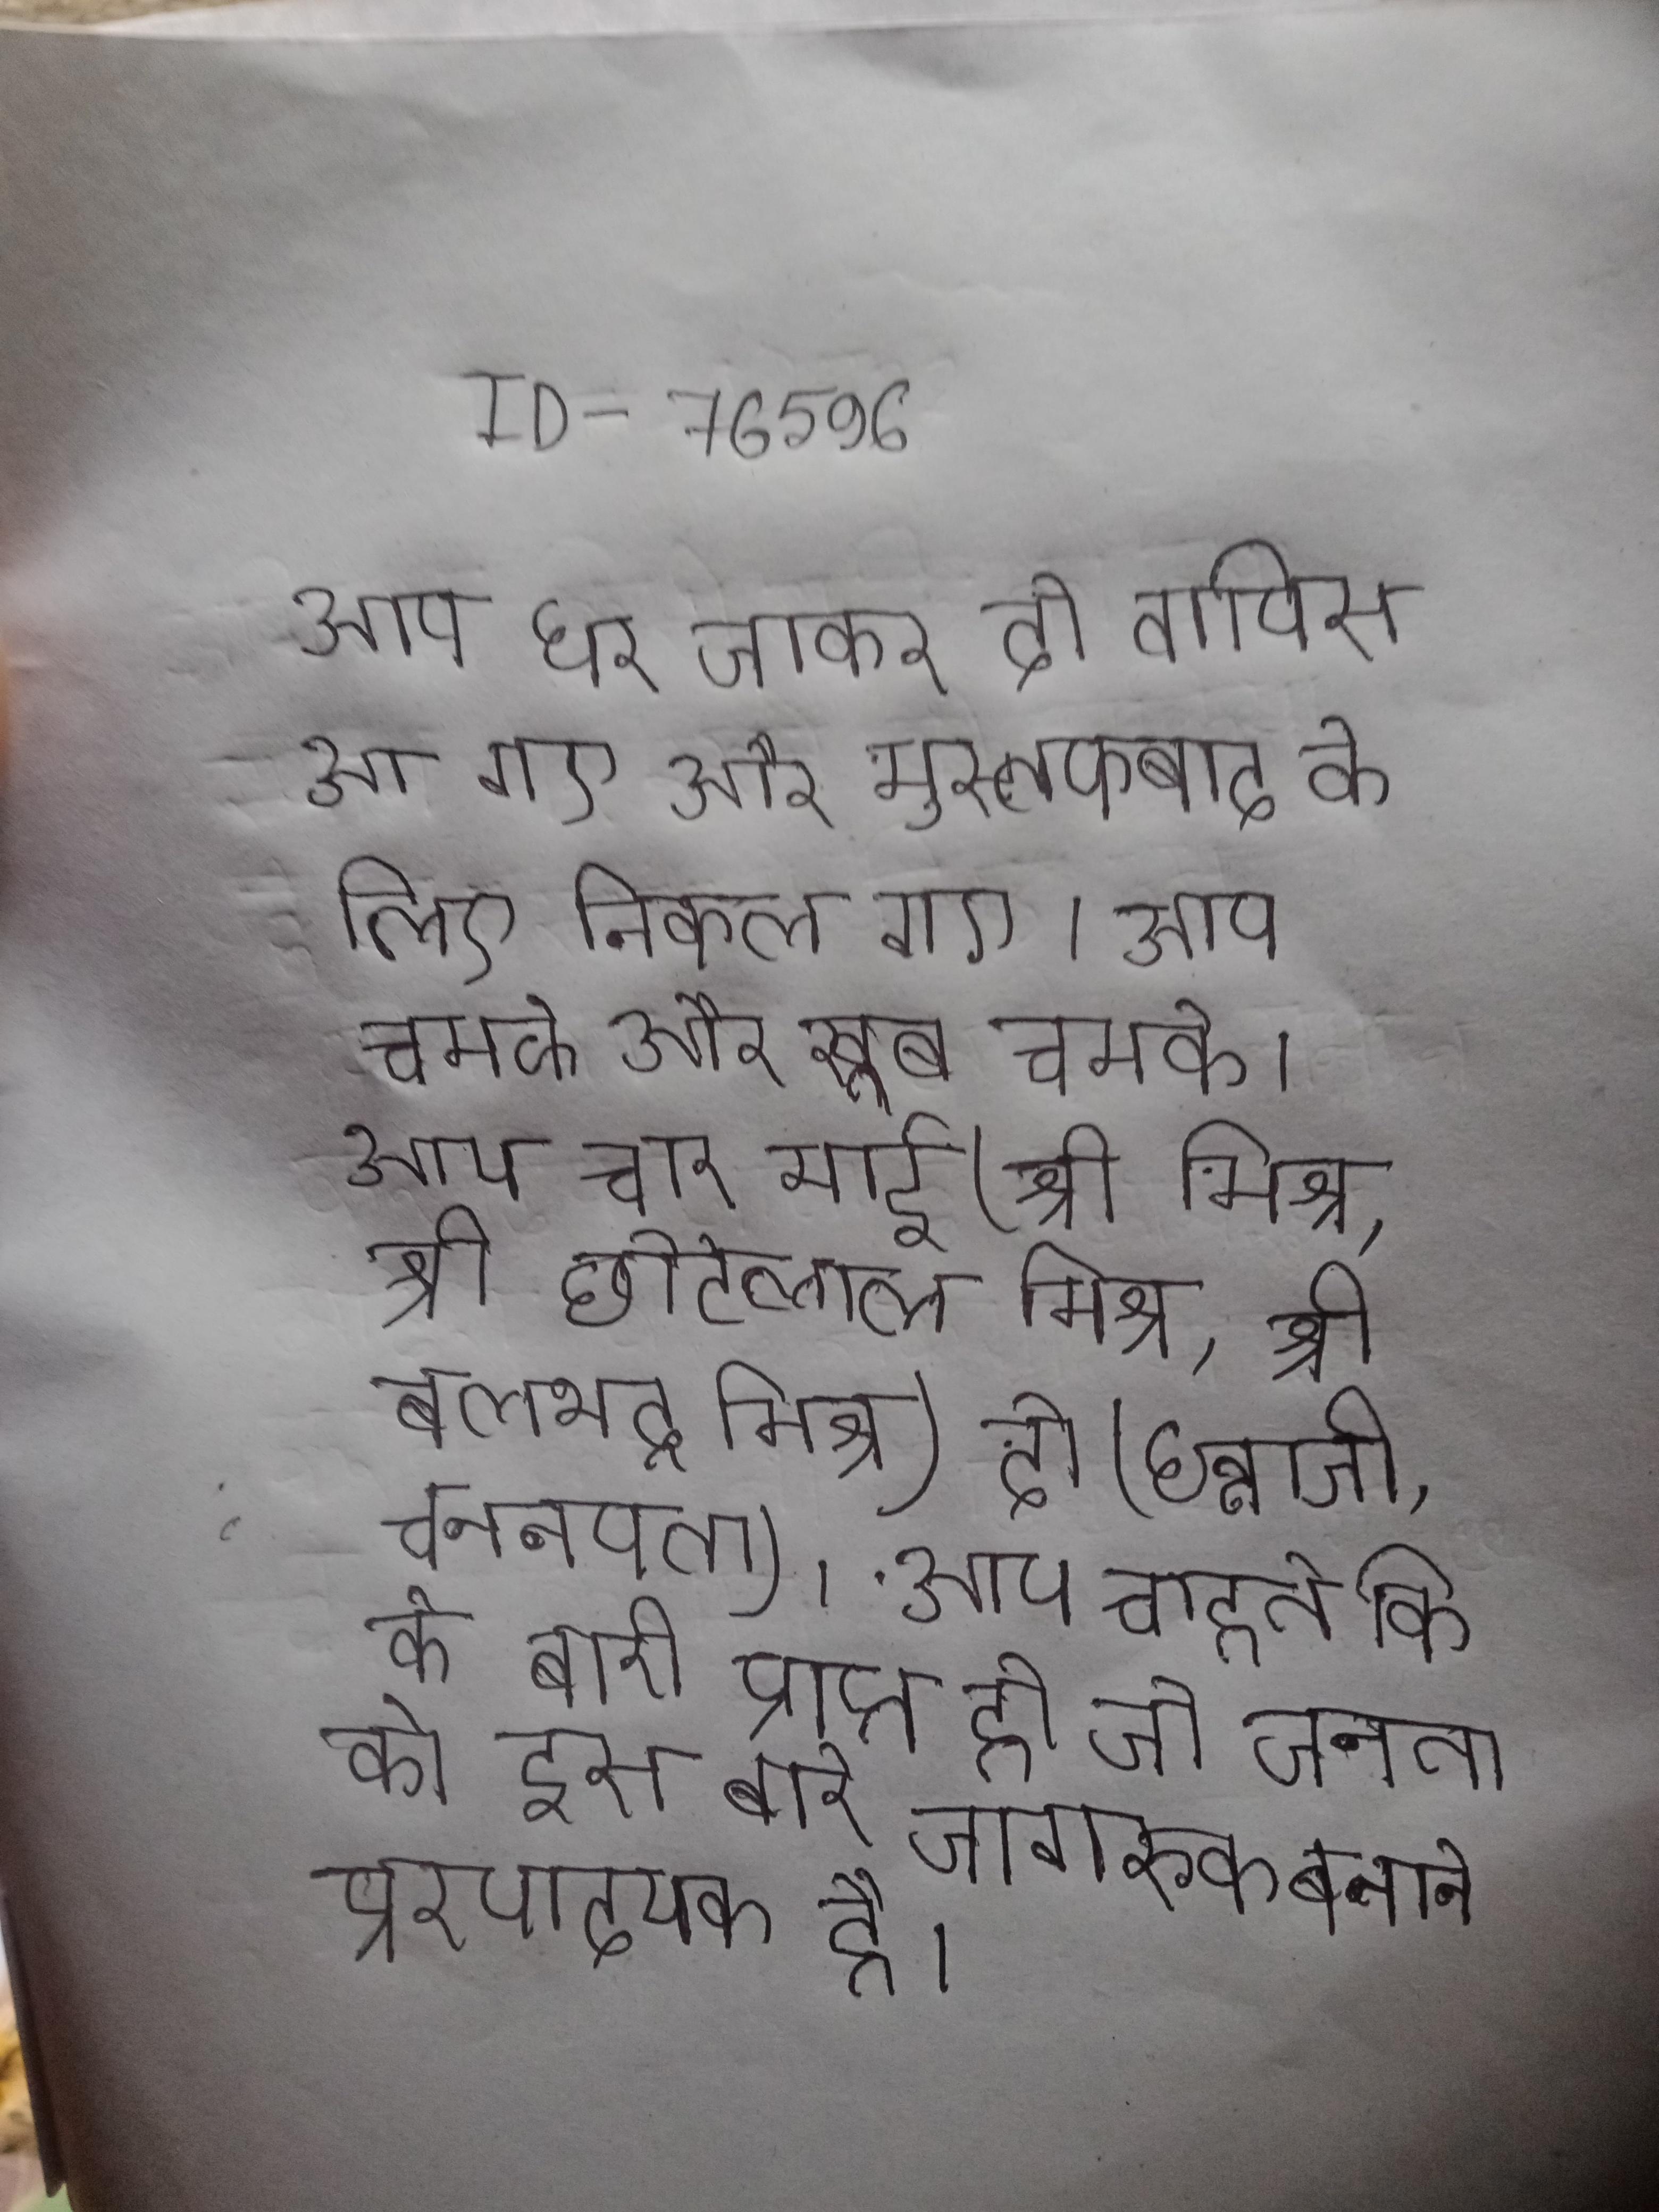
आप घर जाकर दो वापिस आ गए और मुस्तफाबाद के लिए निकल गए । आप चमके और खूब चमके । आप चार भाई(श्री मिश्र, श्री छोटेलाल मिश्र,श्री बलभद्र मिश्र,श्री नारायण मिश्र) दो (धन्नाजी, चननपता) । आप चाहते कि को की के बारे अधिक से अधिक जानकारी प्राप्त हो जो जनता को इस बारे जागरूक बनाने प्रेरणादायक है।" आप चाहते ध्वन्यात्मक की वर्णमाला के आता है ।